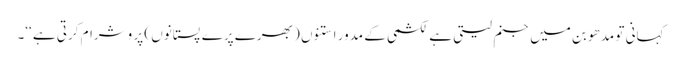
کہانی تو مدھو بن میں جنم لیتی ہے لکشمی کے مدور استنوں ( بھرے پرے پستانوں ) پر وشرام کرتی ہے ‘‘۔